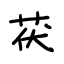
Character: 茯